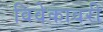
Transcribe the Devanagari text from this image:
विवेकावरी